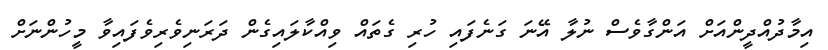
އިމާދުއްދީންއަށް އަންގާވެސް ނުލާ އޭނަ ގަނެފައި ހުރި ގެތައް ވިއްކާލައިގެން ދަރަނިވެރިވެފައިވާ މީހުންނަށް